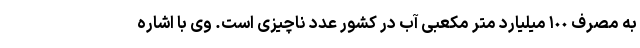
به مصرف ١٠٠ میلیارد متر مکعبی آب در کشور عدد ناچیزی است. وی با اشاره